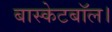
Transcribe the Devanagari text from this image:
बास्केटबॉल।